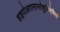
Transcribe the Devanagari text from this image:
हाइपोअगामाग्लोबुलिनेमिया